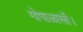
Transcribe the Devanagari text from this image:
गोपाळासी।